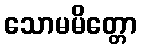
သောမမိတ္တော